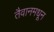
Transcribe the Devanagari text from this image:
तैवानमधून